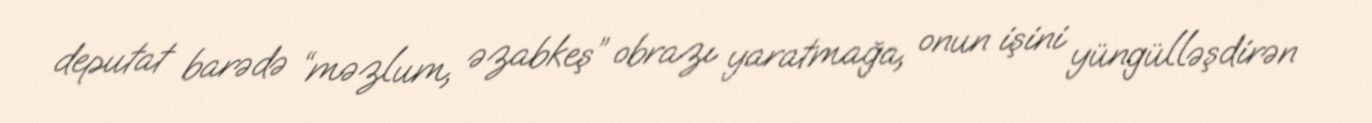
deputat barədə “məzlum, əzabkeş” obrazı yaratmağa, onun işini yüngülləşdirən